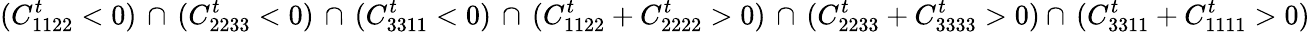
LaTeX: (C_{1122}^{t}<0)\, \cap\, (C_{2233}^{t}<0)\, \cap\, (C_{3311}^{t}<0)\, \cap\, (C_{1122}^{t}+C_{2222}^{t}>0)\, \cap\, (C_{2233}^{t}+C_{3333}^{t}>0)\cap\, (C_{3311}^{t}+C_{1111}^{t}>0)